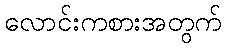
လောင်းကစားအတွက်